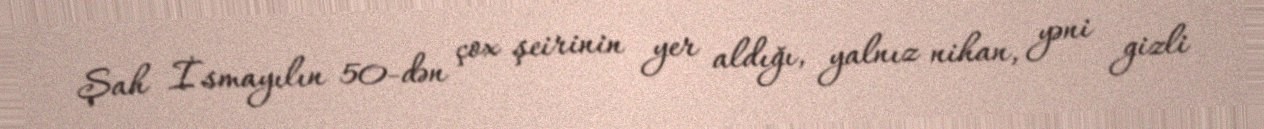
Şah İsmayılın 50-dən çox şeirinin yer aldığı, yalnız nihan, yəni gizli